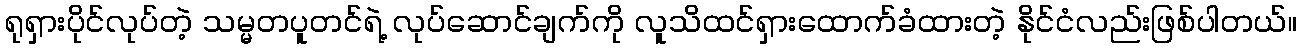
ရုရှားပိုင်လုပ်တဲ့ သမ္မတပူတင်ရဲ့ လုပ်ဆောင်ချက်ကို လူသိထင်ရှားထောက်ခံထားတဲ့ နိုင်ငံလည်းဖြစ်ပါတယ်။